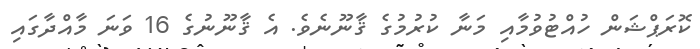
ކޮރަޕްޝަން ހުއްޓުވުމާއި މަނާ ކުރުމުގެ ޤާނޫނެވެ. އެ ޤާނޫނުގެ 16 ވަނަ މާއްދާގައި